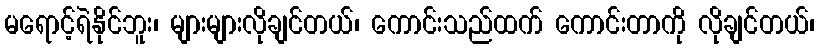
မရောင့်ရဲနိုင်ဘူး၊ များများလိုချင်တယ်၊ ကောင်းသည်ထက် ကောင်းတာကို လိုချင်တယ်၊